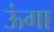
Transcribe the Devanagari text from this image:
ऊंगा